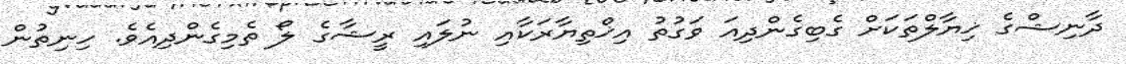
ދާނިޝްގެ ޚިޔާލްތަކަށް ގެބިގެންދިއަ ވަގުތު އިޚްތިޔާރަަކާއި ނުލައި ރީޝާގެ ލޯ ތެމިގެންދިއެވެ. ހިނިތުން